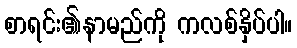
စာရင်း၏နာမည်ကို ကလစ်နှိပ်ပါ။